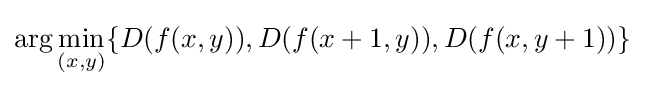
\arg \min \limits _{(x,y)}\{D(f(x,y)),D(f(x+1,y)),D(f(x,y+1))\}